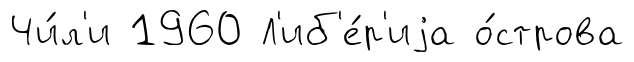
Чи́л'и 1960 Л'иб'е́р'иjа о́строва